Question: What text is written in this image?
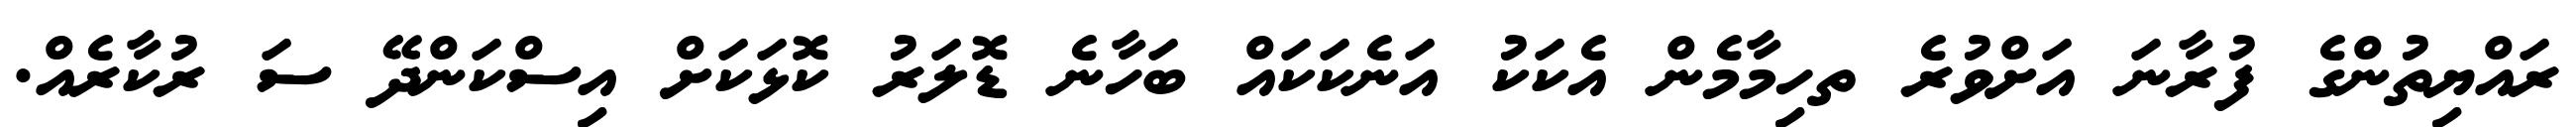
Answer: ރައްޔިތުންގެ ފުރާނަ އަށްވުރެ ތހިމާމެން އެކަކު އަނެކަކައް ބަހާނެ ޑޮލަރު ކޮޅަކަށް އިސްކަންދޭ ސަ ރުކާރެއް.